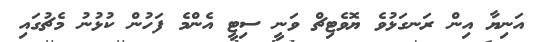
އަނިޔާ އިން ރަނގަޅުވެ ޔޮވެޓިޗް ވަނީ ސިޓީ އެންމެ ފަހުން ކުޅުނު މެޗުގައި